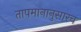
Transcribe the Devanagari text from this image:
तापमानानुसारच